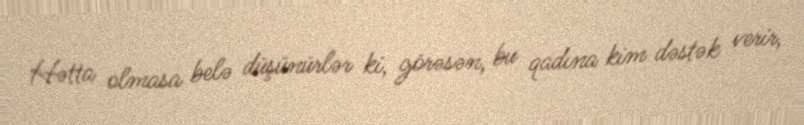
Hətta olmasa belə düşünürlər ki, görəsən, bu qadına kim dəstək verir,